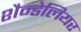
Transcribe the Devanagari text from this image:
शैन्डेलियर